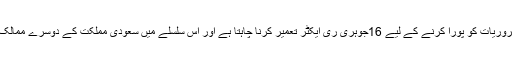
سعودی عرب اپنی توانائی کی ضروریات کو پورا کرنے کے لیے 16جوہری ری ایکٹر تعمیر کرنا چاہتا ہے اور اس سلسلے میں سعودی مملکت کے دوسرے ممالک کے ساتھ جلد معاہدے متوقع ہیں۔